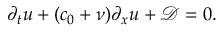
\partial _ { t } u + ( c _ { 0 } + \nu ) \partial _ { x } u + \mathcal { D } = 0 .